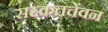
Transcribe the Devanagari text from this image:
सस्कतचेंवन